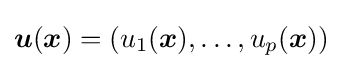
{\boldsymbol {u}}({\boldsymbol {x}})=(u_{1}({\boldsymbol {x}}),\ldots ,u_{p}({\boldsymbol {x}}))